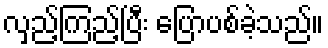
လှည့်ကြည့်ပြီး ပြောပစ်ခဲ့သည်။